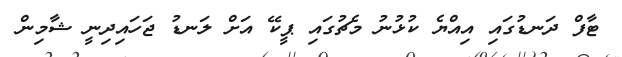
ޓާފް ދަނޑުގައި އިއްޔެ ކުޅުނު މެޗުގައި ޕީކޭ އަށް ލަނޑު ޖަހައިދިނީ ޝާމިން